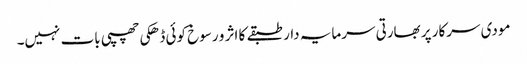
مودی سرکار پر بھارتی سرمایہ دار طبقے کا اثر و رسوخ کوئی ڈھکی چھپی بات نہیں۔